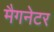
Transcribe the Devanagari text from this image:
मैगनेटर